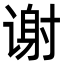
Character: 谢